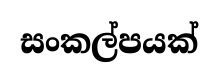
සංකල්පයක්